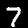
Digit: 7